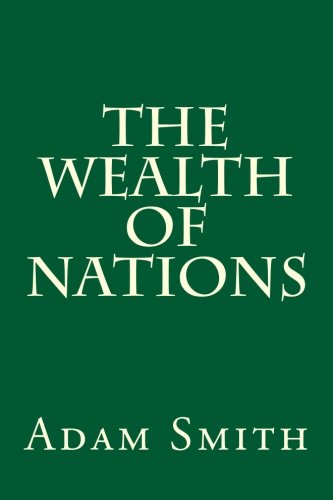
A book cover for The Wealth of Nations; Adam Smith; Business & Money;